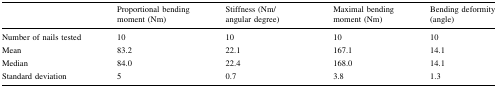
|  | Proportional bending moment (Nm) | Stiffness (Nm/angular degree) | Maximal bending moment (Nm) | Bending deformity (angle) |
 | --- | --- | --- | --- | --- |
 | Number of nails tested | 10 | 10 | 10 | 10 |
 | Mean | 83.2 | 22.1 | 167.1 | 14.1 |
 | Median | 84.0 | 22.4 | 168.0 | 14.1 |
 | Standard deviation | 5 | 0.7 | 3.8 | 1.3 |